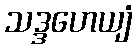
သဒ္ဒဟေယျံ